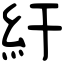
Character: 紆